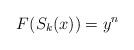
LaTeX: \begin{align*} F(S_{k}(x))=y^{n}\end{align*}